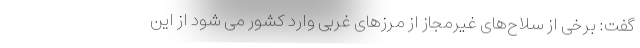
گفت: برخی از سلاح‌های غیرمجاز از مرزهای غربی وارد کشور می شود از این